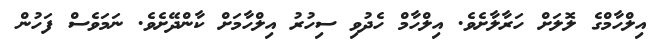
އިލްހާމްގެ ލޮލަށް ހަރާލާށެވެ. އިލްހާމް ހެދުވި ސިހުރު އިލްހާމަށް ކާންދޭށެވެ. ނަމަވެސް ފަހުން